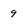
Character: 9